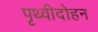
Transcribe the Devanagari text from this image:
पृथ्वीदोहन